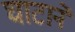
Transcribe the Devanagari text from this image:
घाटानें